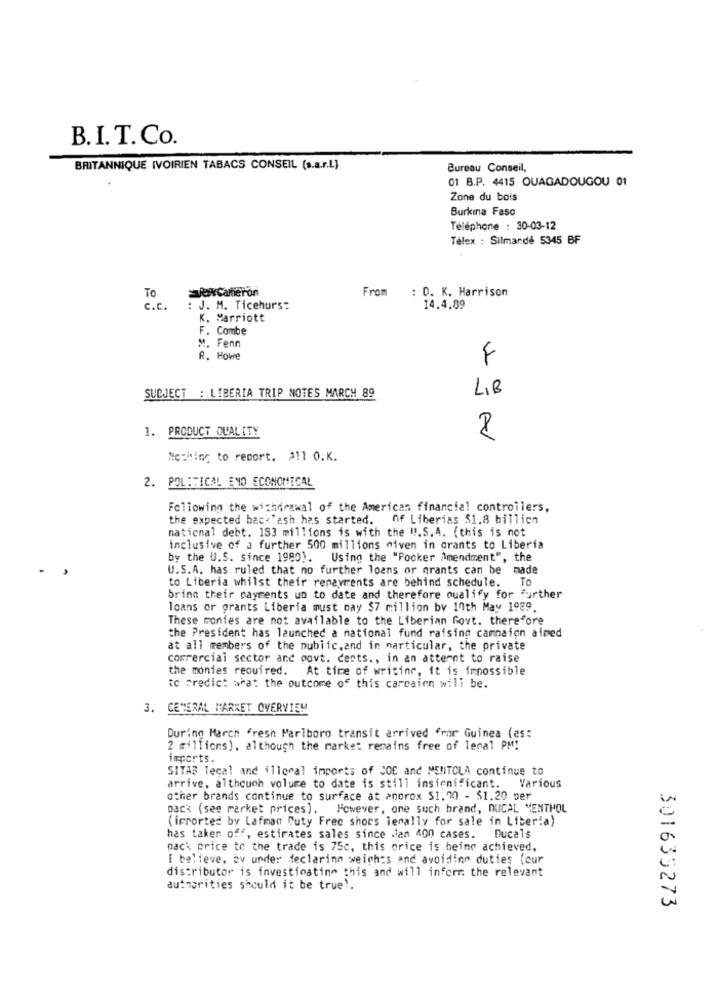
B.I.T. Co.
BRITANNIQUE IVOIRIEN TABACS CONSEIL (s.a.r.L.]
Bureau Conseil,
01 B.P. 4415 OUAGADOUGOU 01
Zone du bois
Burkina Faso
Téléphone : 30-03-12
Télex : Silmandé 5345 BF
wforCameron
To
From : D. K. Harrison
c.c.
: J. M. Ticehurs:
14.4.89
K. Marriott
F. Combe
M. Fenn
R. Howe
F
SUBJECT : LIBERIA TRIP NOTES MARCH 89
LIB
1. PRODUCT QUALITY
8
Nothing to report. 211 O.K.
2. POLITICAL ENO ECONOMICAL
Following the withdrawal of the American financial controllers,
the expected backlash has started.
Of Liberias $1.8 billion
national debt. 183 millions is with the !!. S.4. (this is not
inclusive of a further 500 millions miven in grants to Liberia
by the U.S. since 1980). Using the "Pocker Amendment", the
U.S.A. has ruled that no further loans or grants can be made
to Liberia whilst their renavrents are behind schedule. To
bring their payments up to date and therefore qualify for further
loans or grants Liberia must pay $7 million by 10th May 1989.
These montes are not available to the Liberian Govt. therefore
the President has launched a national fund raising campaign aimed
at all members of the public,and in marticular, the private
comercial sector and govt. cents ., in an atternt to raise
the monies required. At time of writing, it is impossible
to predict what the outcome of this carcairn will be.
3. GENERAL MARKET OVERVIEW
During March fresh Marlboro transit arrived fror Guinea (es:
2 millions), although the market remains free of lenal PM!
imports.
SITAS Tecal and illegal imports of JOC and MENTOLA continue to
arrive, although volume to date is still insignificant. Various
other brands continue to surface at anprox $1.20 - $1.20 per
pack (see parket prices). However, one such brand, DUCAL MENTHOL
(irrorted by Lafmac Duty Free shocs legally for sale in Liberia)
has taken off, estirates sales since ian 400 cases. Ducals
pack price to the trade is 75c, this price is being achieved,
I believe, bv under declaring weiches and avoiding duties {cur
distributor is investigating this and will inform the relevant
authorities should it be true !.
301635273